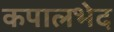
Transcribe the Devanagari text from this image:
कपालभेद